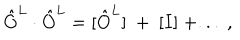
LaTeX: \hat { O } ^ { L } \cdot \hat { O } ^ { L } = [ \hat { O } ^ { L } ] ~ + ~ [ I ] ~ + . . . ~ ,